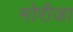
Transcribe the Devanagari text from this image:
मोरीजा